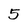
Character: 5